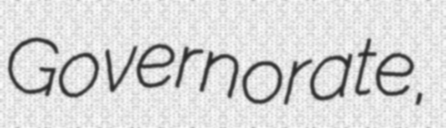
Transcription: Governorate,